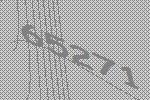
65271